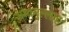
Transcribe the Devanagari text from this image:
अमानुल्लाह